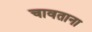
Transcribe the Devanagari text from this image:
चावताना